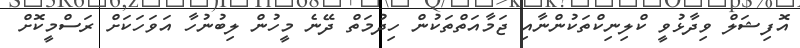
އޮފިޝަލް ވިދާޅުވީ ކްލިނިކްތަކުންނާއި ޖަމާއަތްތަކުން ހިދުމަތް ދޭނެ މީހުން ލިބުނުހާ އަވަހަކަށް ރަސްމީކޮށް